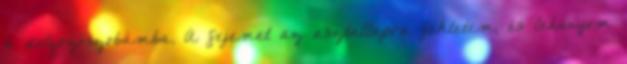
a dolgozószobámba. A fejemet az asztallapra fektetem, és lehunyom